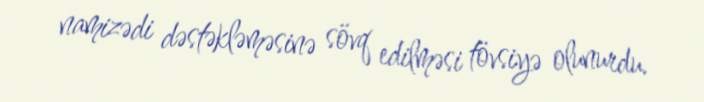
namizədi dəstəkləməsinə sövq edilməsi tövsiyə olunurdu.